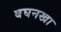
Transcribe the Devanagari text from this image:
बघनखा